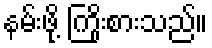
နမ်းဖို့ ကြိုးစားသည်။